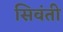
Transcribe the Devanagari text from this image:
सिवंती